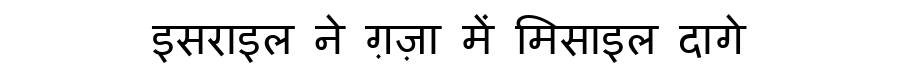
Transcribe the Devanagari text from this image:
इसराइल ने ग़ज़ा में मिसाइल दागे